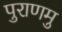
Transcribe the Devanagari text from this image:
पुराणमु